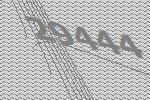
29444